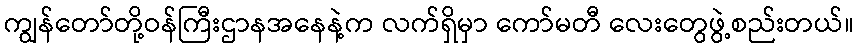
ကျွန်တော်တို့ဝန်ကြီးဌာနအနေနဲ့က လက်ရှိမှာ ကော်မတီ လေးတွေဖွဲ့စည်းတယ်။